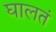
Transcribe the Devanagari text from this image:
घालतं